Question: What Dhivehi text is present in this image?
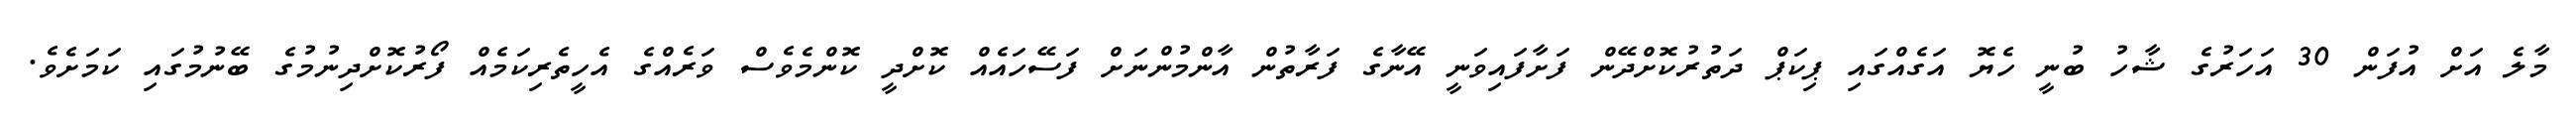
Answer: މާލެ އަށް އުފަން 30 އަހަރުގެ ޝާހު ބުނީ ހެޔޮ އަގެއްގައި ޕިކަޕް ދަތުރުކޮށްދޭން ފަށާފައިވަނީ އޭނާގެ ފަރާތުން އާންމުންނަށް ފަސޭހައެއް ކޮށްދީ ކޮންމެވެސް ވަރެއްގެ އެހީތެރިކަމެއް ފޯރުކޮށްދިނުމުގެ ބޭނުމުގައި ކަމަށެވެ.